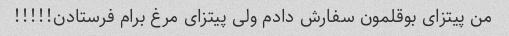
من پیتزای بوقلمون سفارش دادم ولی پیتزای مرغ برام فرستادن!!!!!